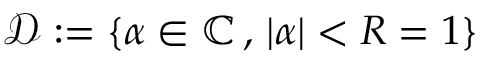
\mathcal { D } : = \{ \alpha \in \mathbb { C } \, , \, \vert \alpha \vert < R = 1 \}